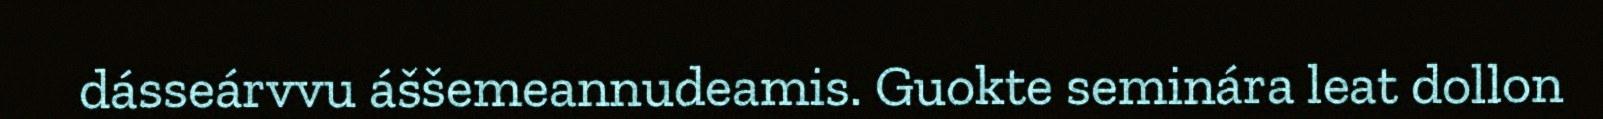
dásseárvvu áššemeannudeamis. Guokte seminára leat dollon